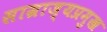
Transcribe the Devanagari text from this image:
साम्राज्यप्रमुख